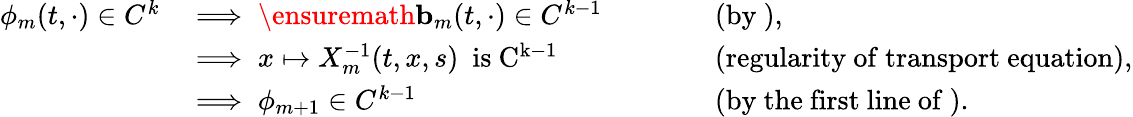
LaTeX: \begin{array}{rlrl}{\phi_{m}(t,\cdot)\in C^{k}}&{\implies\ensuremath{\mathbf{b}}_{m}(t,\cdot)\in C^{k-1}}&&{\qquad\mathrm{(by~),}}\\ &{\implies x\mapsto X_{m}^{-1}(t,x,s)\ \mathrm{~is~C^{k-1}~}}&&{\qquad\mathrm{(regularity~of~transport~equation),}}\\ &{\implies\phi_{m+1}\in C^{k-1}}&&{\qquad\mathrm{(by~the~first~line~of~).}}\end{array}